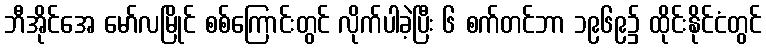
ဘီအိုင်အေ မော်လမြိုင် စစ်ကြောင်းတွင် လိုက်ပါခဲ့ပြီး ၆ စက်တင်ဘာ ၁၉၆၉၌ ထိုင်းနိုင်ငံတွင်